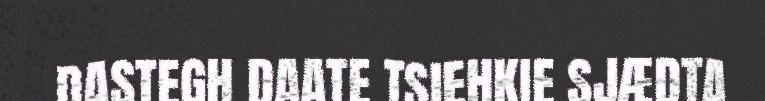
DASTEGH DAATE TSIEHKIE SJÆDTA